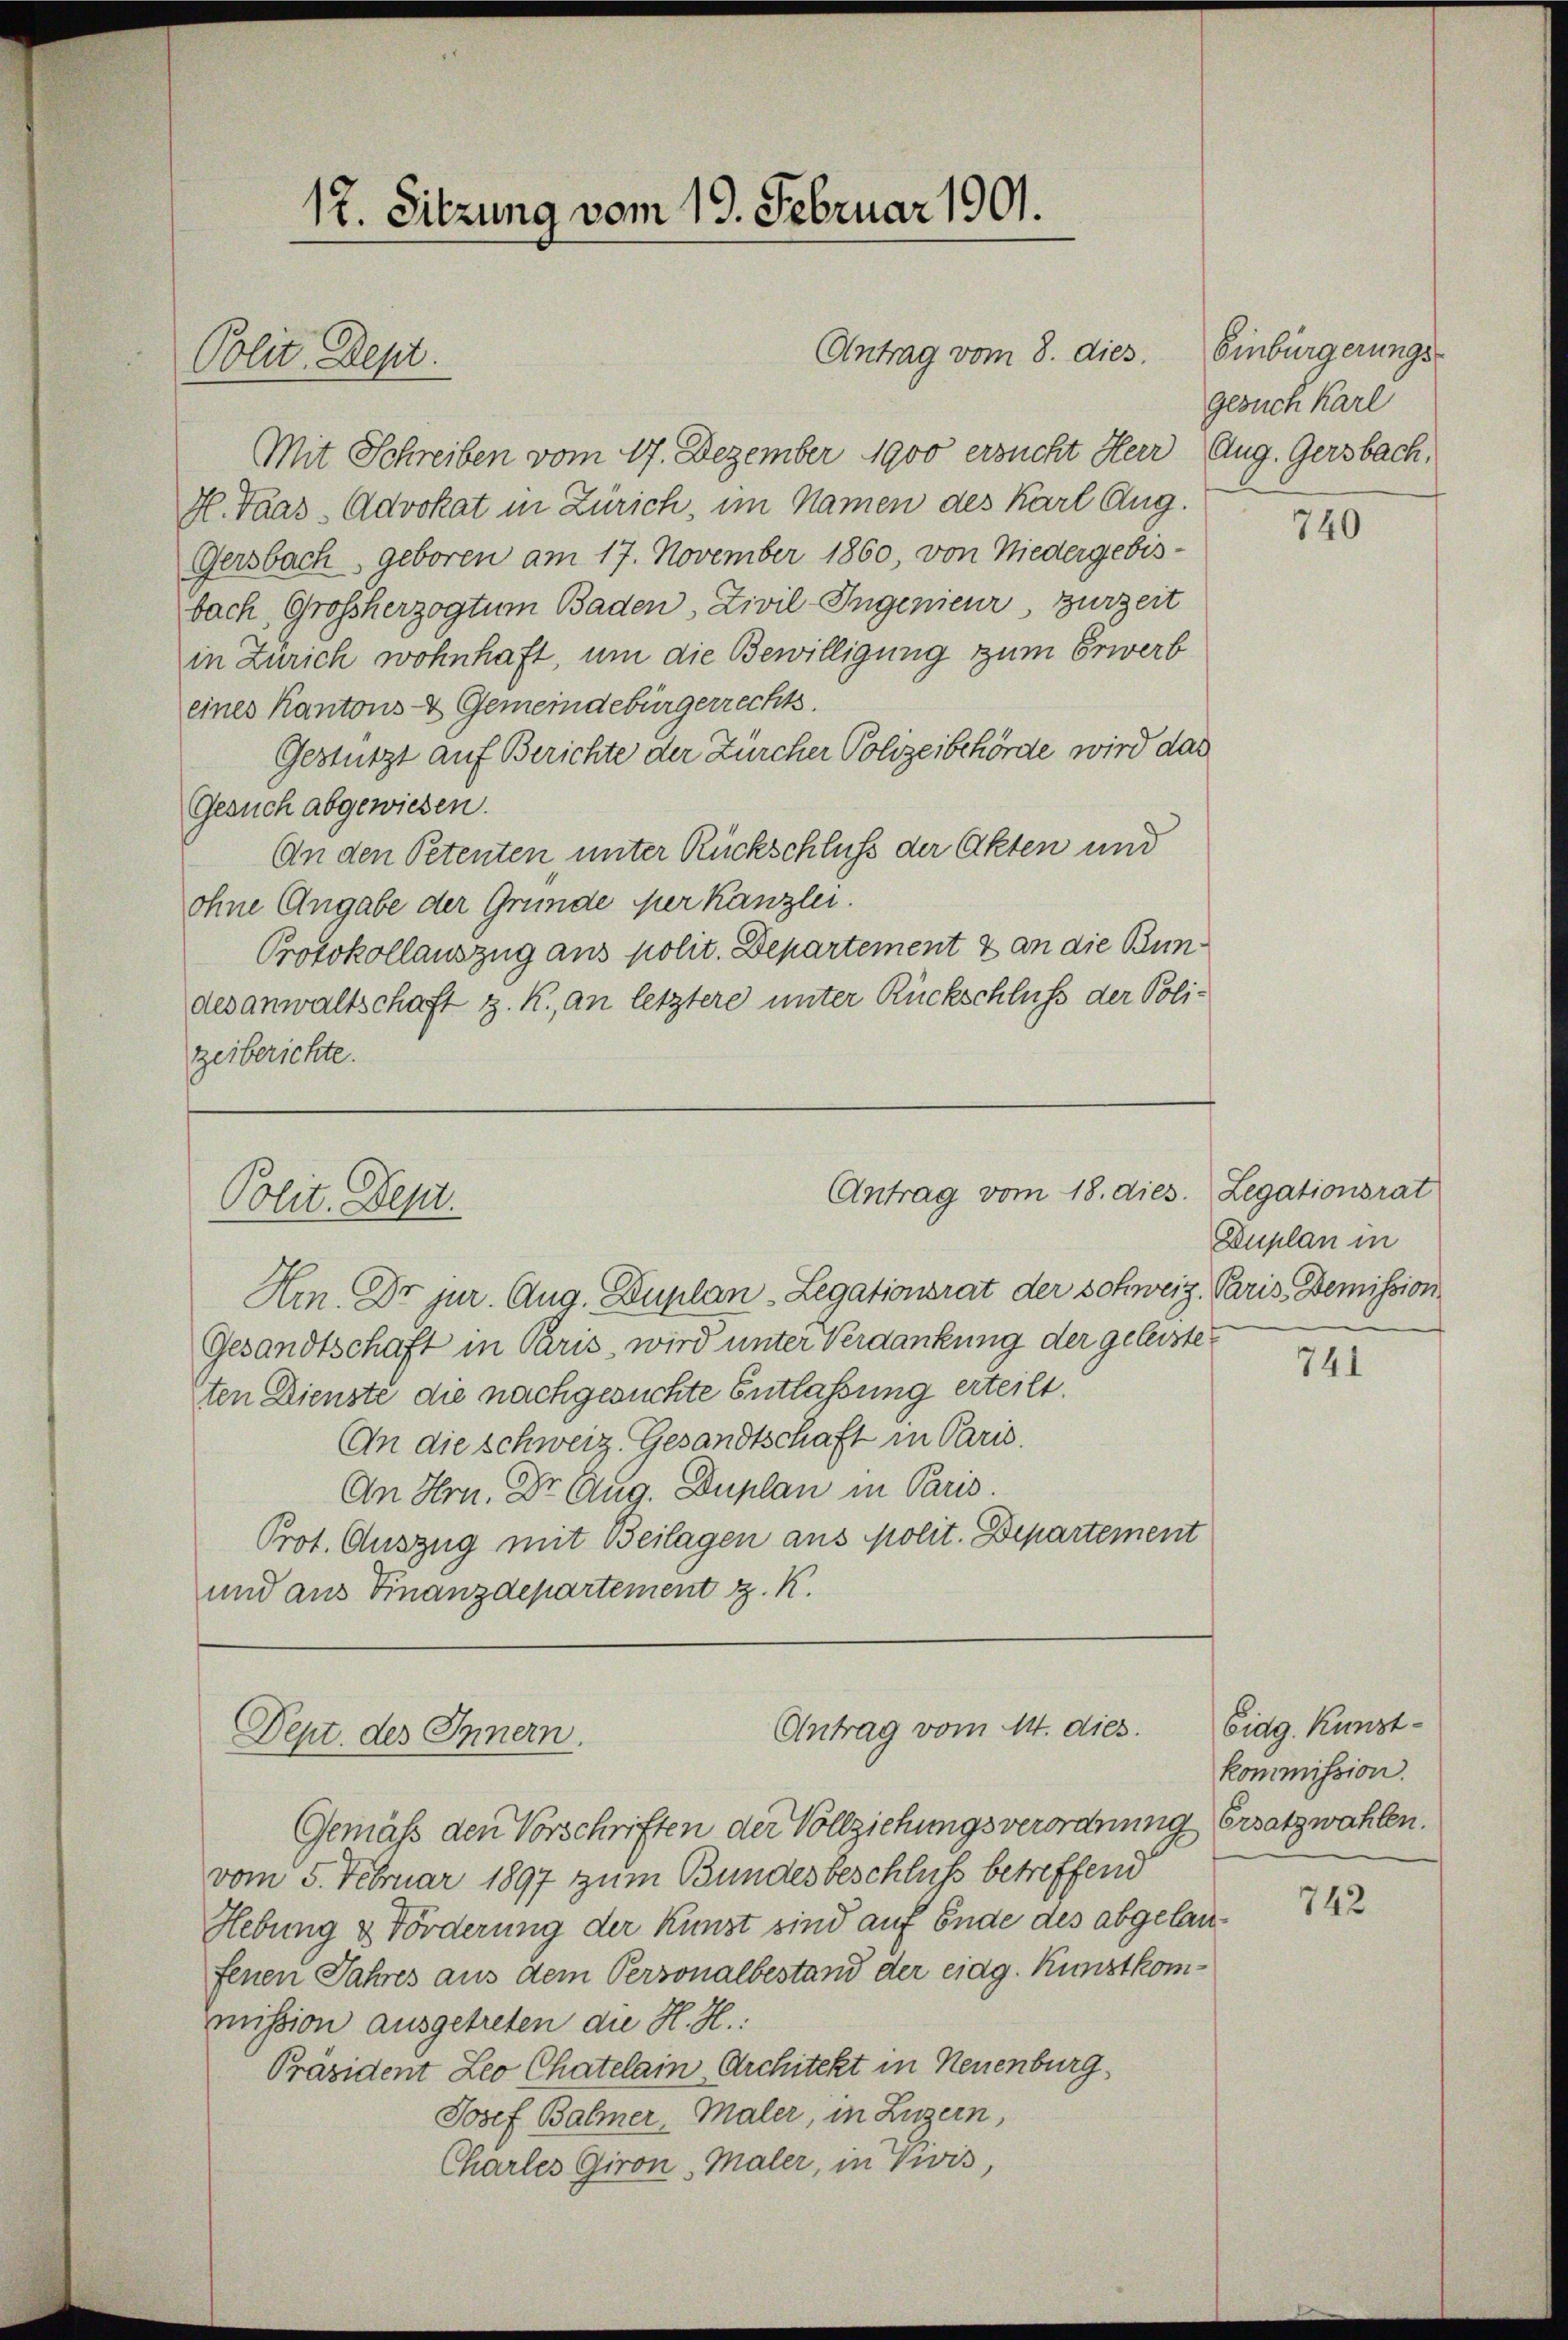
Polit. Dept.

12. Sitzung vom 19. Februar 1901.

Mit Schreiben vom 17. Dezember 1900 ersucht Herr Aug. Gersbach,
H. Taas Advokat in Zürich, im Namen des Karl Aug.
Gersbach, geboren am 17. November 1860, von Niedergebis-
bach, Großherzogtum Baden, Zivil-Ingenieur, zurzeit
in Zürich wohnhaft, um die Bewilligung zum Erwerb
eines Kantons- & Gemeindebürgerrechts.
Gestürzt auf Berichte der Zürcher Polizeibehörde wird das
Gesuch abgewiesen.
An den Petenten unter Rückschluß der Akten und
ohne Angabe der Gründe per Kanzlei.
Protokollauszug aus polit. Departement & an die Bundesanwaltschaft z. K., an letztere unter Rückschluß der Poli-
zeiberichte.

Antrag vom 8. dies. Einbürgerungs-

Antrag vom 18. dies
Polit. Dept.

Hrn. Dr jur. Aug. Duplan-Legationsrat der Schweiz. Paris. Demission
Gesandtschaft in Paris, wird unter Verdankung der geleistet
ten Dienste die nachgesuchte Entlassung erteilt.
An die Schweiz. Gesandtschaft in Paris.
An Hrn. Dr. Aug. Duplan in Paris
Prot. Auszug mit Beilagen aus polit. Departement
und aus Finanzdepartement z. K.

Antrag vom 14. dies
Dept. des Innern.

Gemäss den Vorschriften der Vollziehungsverordnung Ersatzwahlen.
vom 5. Februar 1897 zum Bundesbeschluss betreffend
Hebung & Förderung der Kunst sind auf Ende des abgelanfenen Jahres aus dem Personalbestand der eidg. Kunstkommission ausgetreten die H. H.:
Präsident Leo Chatelain Architekt in Neuenburg,
Josef Balmer, Maler, in Luzern,
Charles Giron Maler, in Zwis,

gesuch Karl

740

Legationsrat
Duplan in

741

Eidg. Kunst¬
Kommission.

742